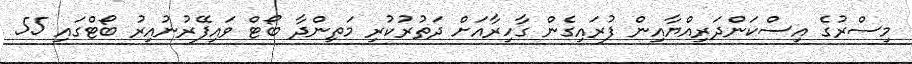
މިސްރުގެ އިސްކަންދަރިއްޔާއިން ފުރައިގެން ގާހިރާއަށް ދަތުރުކުރި މަތިންދާ ބޯޓް ވައިފޭރުނުއިރު ބޯޓްގައި 55